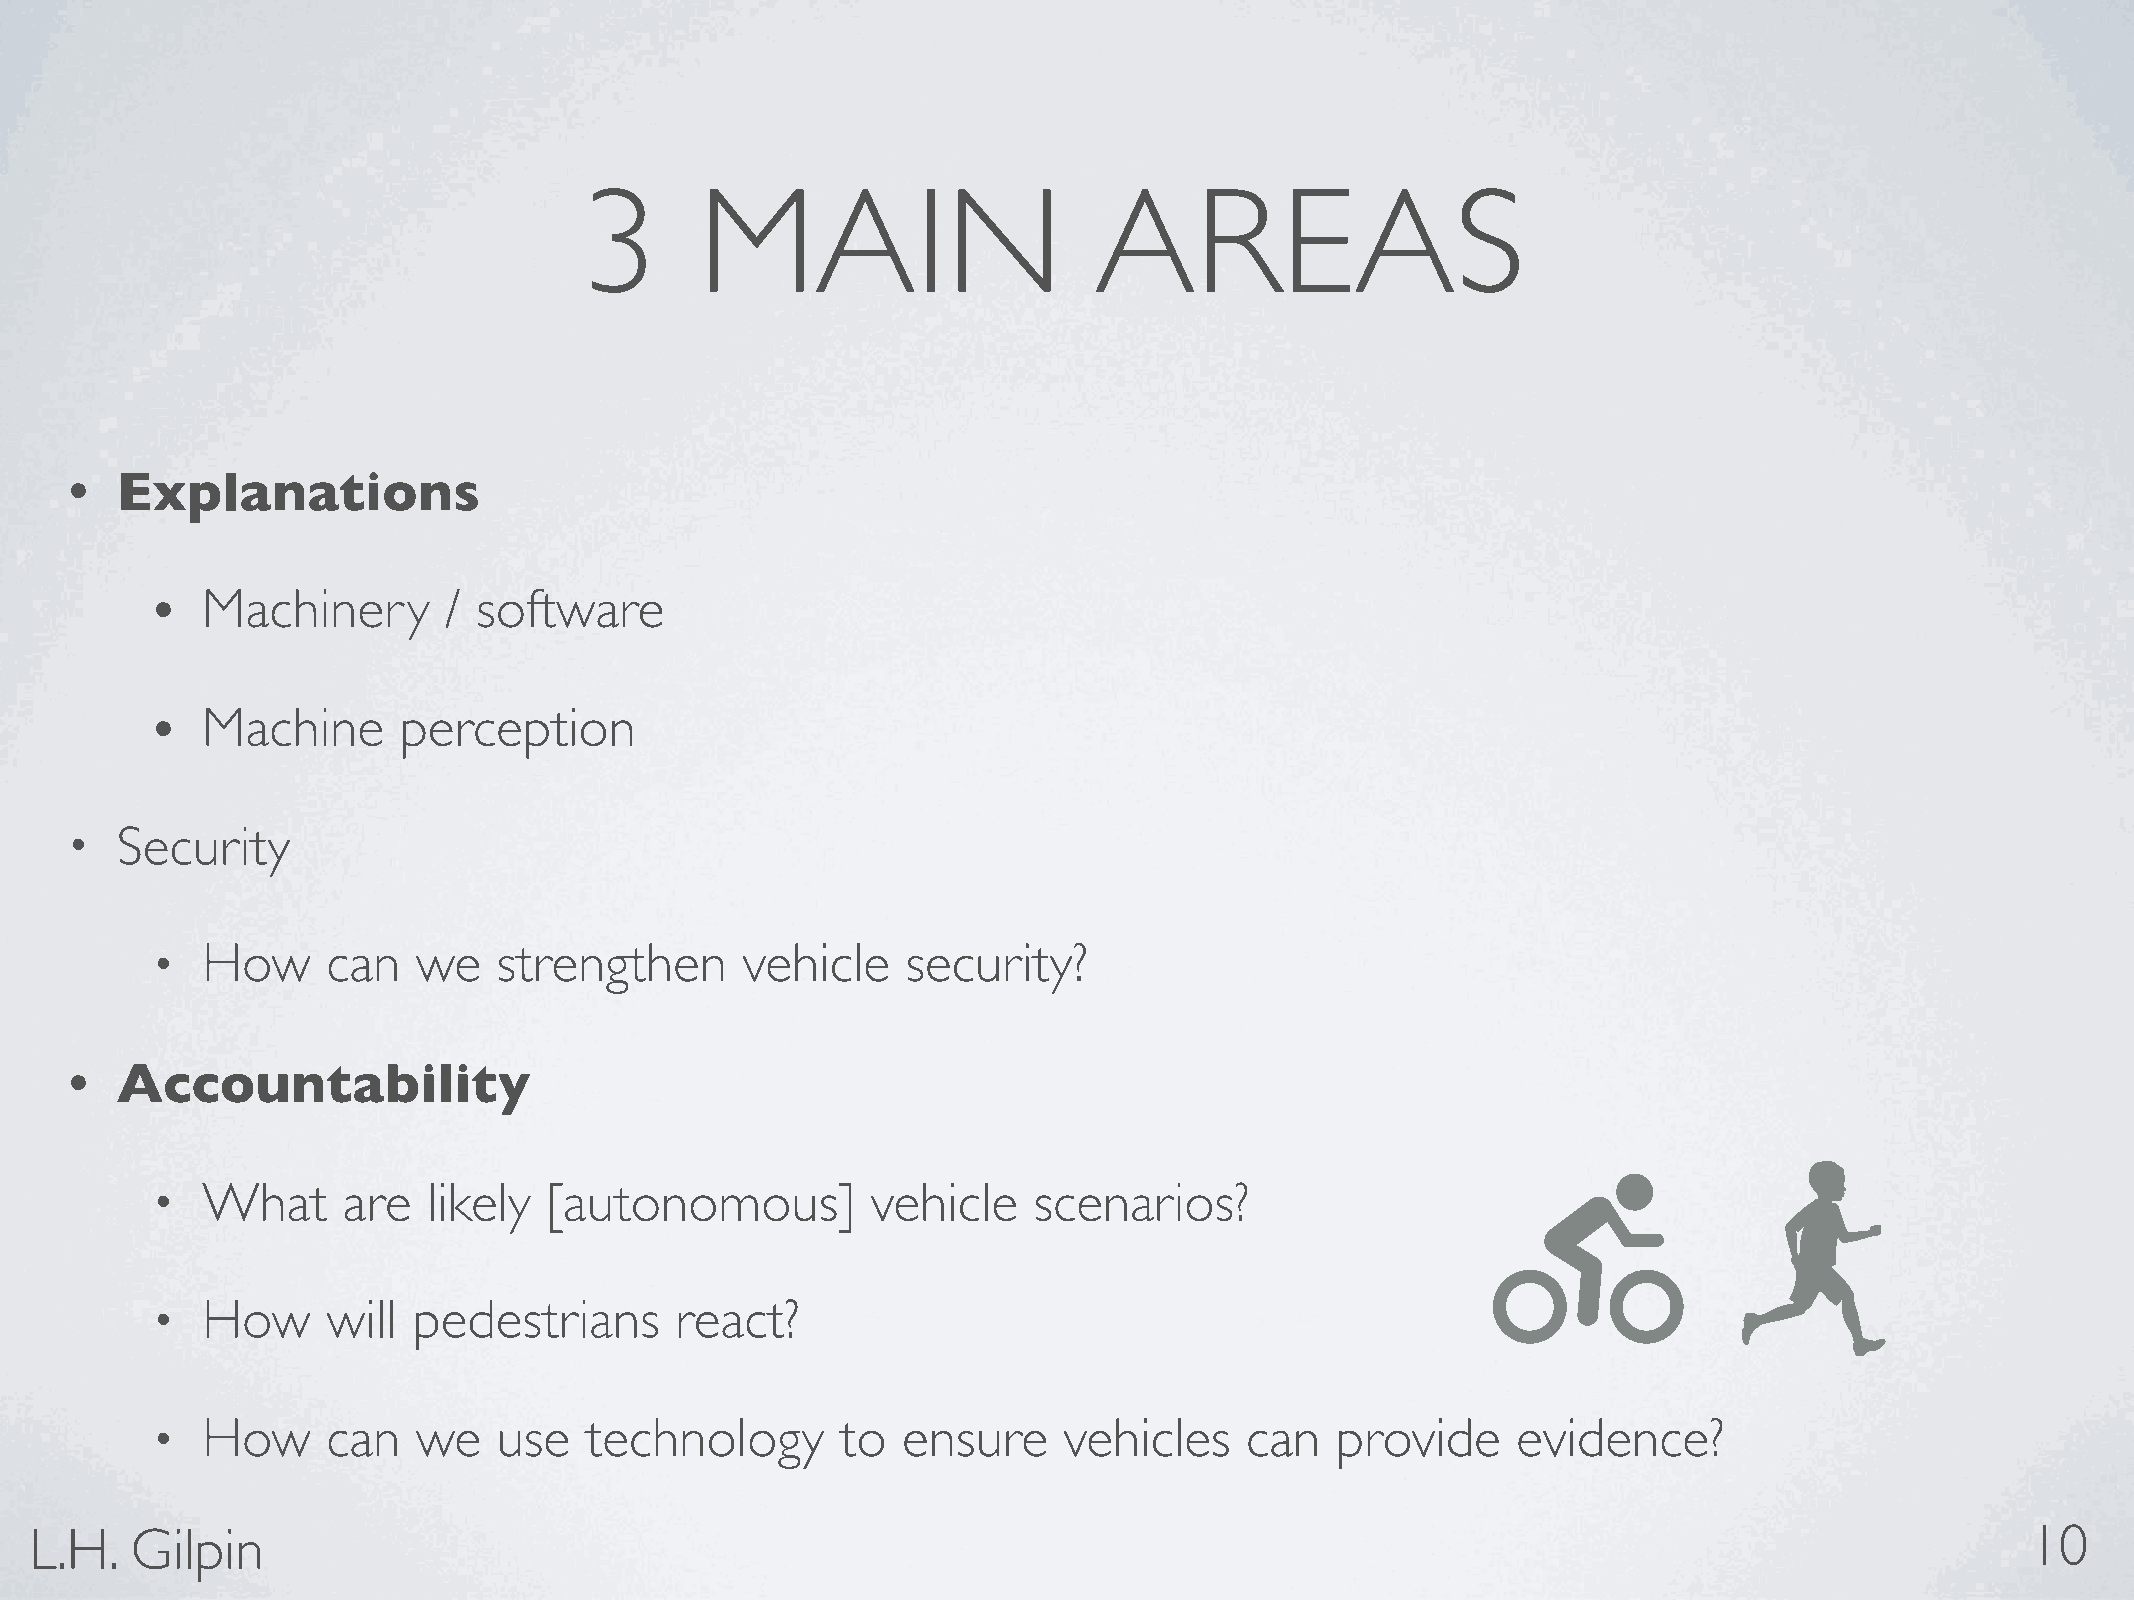
3       MAIN                      AREAS
 •   Explanations
 •  Machinery       /  software
 •  Machine      perception
 •   Security
 •  How      can   we   strengthen      vehicle    security?
 •   Accountability
 •  What      are  likely  [autonomous]          vehicle   scenarios?
 •  How      will pedestrians       react?
 •  How      can   we   use   technology       to  ensure    vehicles    can   provide     evidence?
 L.H.   Gilpin                                                                                                                       10